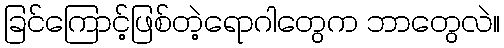
ခြင်ကြောင့်ဖြစ်တဲ့ရောဂါတွေက ဘာတွေလဲ။